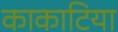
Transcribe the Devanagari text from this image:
काकाटिया